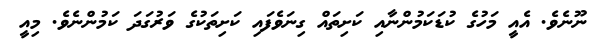
ނޫނެވެ. އެއީ މަހުގެ ކުޑަކަމުންނާއި ކަށިތައް ގިނަވެފައި ކަށިތަކުގެ ވަރުގަދަ ކަމުންނެވެ. މިއީ